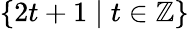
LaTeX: \{ 2t+1\mid t\in\mathbb{Z}\}